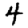
Digit: 4